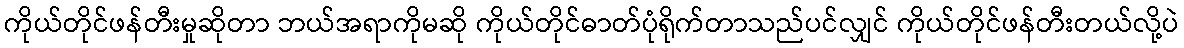
ကိုယ်တိုင်ဖန်တီးမှုဆိုတာ ဘယ်အရာကိုမဆို ကိုယ်တိုင်ဓာတ်ပုံရိုက်တာသည်ပင်လျှင် ကိုယ်တိုင်ဖန်တီးတယ်လို့ပဲ